Annual report of the Punjab Veterinary College and of the Civil Veterinary Department, Punjab - 1926-1932
Year: 1926
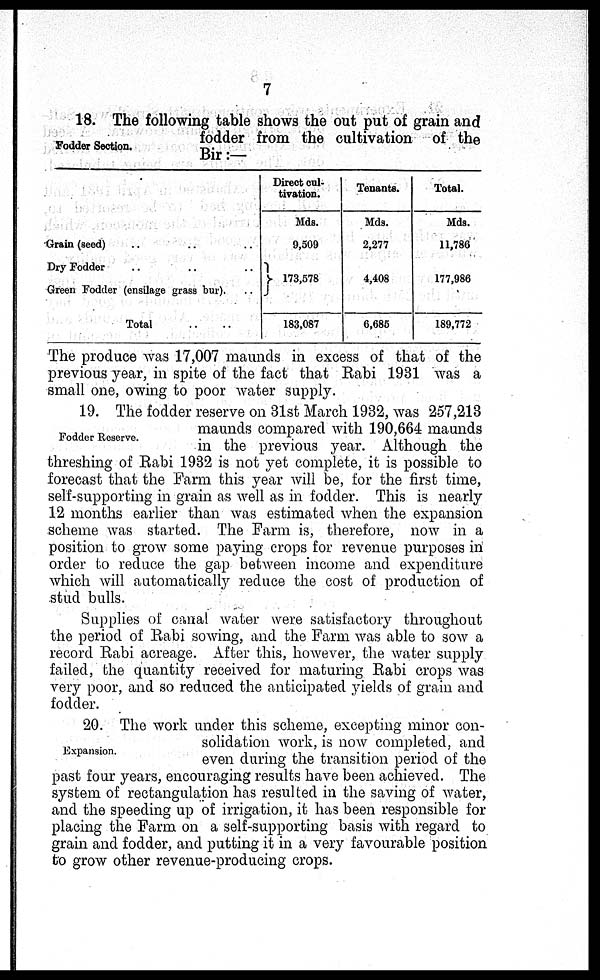
7
Fodder Section.
18. The following table shows the out put of grain and
fodder from the cultivation of the
Bir :—
Grain (seed) .. .. ..
Dry Fodder .. .. ..
Green Fodder (ensilage grass bur). ..
Total .. ..
Direct cul-
tivation.
Mds.
9,509
173,578
183,087
Tenants.
Mds.
2,277
4,408
6,685
Total.
Mds.
11,786
177,986
189,772
The produce was 17,007 maunds in excess of that of the
previous year, in spite of the fact that Rabi 1931 was a
small one, owing to poor water supply.
Fodder Reserve.
19. The fodder reserve on 31st March 1932, was 257,213
maunds compared with 190,664 maunds
in the previous year. Although the
threshing of Rabi 1932 is not yet complete, it is possible to
forecast that the Farm this year will be, for the first time,
self-supporting in grain as well as in fodder. This is nearly
12 months earlier than was estimated when the expansion
scheme was started. The Farm is, therefore, now in a
position to grow some paying crops for revenue purposes in
order to reduce the gap between income and expenditure
which will automatically reduce the cost of production of
stud bulls.
Supplies of canal water were satisfactory throughout
the period of Rabi sowing, and the Farm was able to sow a
record Rabi acreage. After this, however, the water supply
failed, the quantity received for maturing Rabi crops was
very poor, and so reduced the anticipated yields of grain and
fodder.
Expansion.
20. The work under this scheme, excepting minor con-
solidation work, is now completed, and
even during the transition period of the
past four years, encouraging results have been achieved. The
system of rectangulation has resulted in the saving of water,
and the speeding up of irrigation, it has been responsible for
placing the Farm on a self-supporting basis with regard to
grain and fodder, and putting it in a very favourable position
to grow other revenue-producing crops.